Manual of the Civil Veterinary Department, Central Provinces and Berar
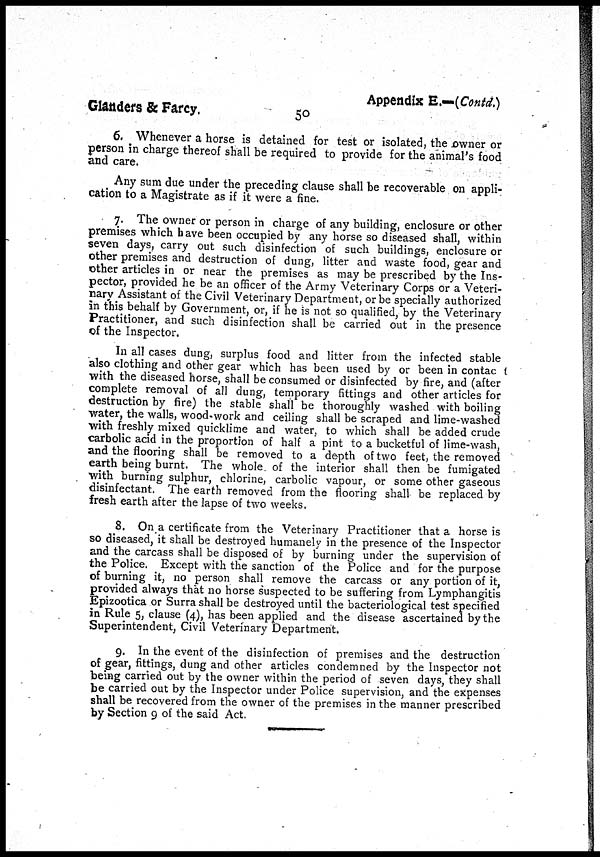
Glanders & Farcy. 50 Appendix E.—(Contd.)
6. Whenever a horse is detained for test or isolated, the owner or
person in charge thereof shall be required to provide for the animal's food
and care.
Any sum due under the preceding clause shall be recoverable on appli-
cation to a Magistrate as if it were a fine.
7. The owner or person in charge of any building, enclosure or other
premises which have been occupied by any horse so diseased shall, within
seven days, carry out such disinfection of such buildings, enclosure or
other premises and destruction of dung, litter and waste food, gear and
other articles in or near the premises as may be prescribed by the Ins-
pector, provided he be an officer of the Army Veterinary Corps or a Veteri-
nary Assistant of the Civil Veterinary Department, or be specially authorized
in this behalf by Government, or, if he is not so qualified, by the Veterinary
Practitioner, and such disinfection shall be carried out in the presence
of the Inspector.
In all cases dung, surplus food and litter from the infected stable
also clothing and other gear which has been used by or been in contac
with the diseased horse, shall be consumed or disinfected by fire, and (after
complete removal of all dung, temporary fittings and other articles for
destruction by fire) the stable shall be thoroughly washed with boiling
water, the walls, wood-work and ceiling shall be scraped and lime-washed
with freshly mixed quicklime and water, to which shall be added crude
carbolic acid in the proportion of half a pint to a bucketful of lime-wash,
and the flooring shall be removed to a depth of two feet, the removed
earth being burnt. The whole of the interior shall then be fumigated
with burning sulphur, chlorine, carbolic vapour, or some other gaseous
disinfectant. The earth removed from the flooring shall be replaced by
fresh earth after the lapse of two weeks.
8. On a certificate from the Veterinary Practitioner that a horse is
so diseased, it shall be destroyed humanely in the presence of the Inspector
and the carcass shall be disposed of by burning under the supervision of
the Police. Except with the sanction of the Police and for the purpose
of burning it, no person shall remove the carcass or any portion of it,
provided always that no horse suspected to be suffering from Lymphangitis
Epizootica or Surra shall be destroyed until the bacteriological test specified
in Rule 5, clause (4), has been applied and the disease ascertained by the
Superintendent, Civil Veterinary Department.
9. In the event of the disinfection of premises and the destruction
of gear, fittings, dung and other articles condemned by the Inspector not
being carried out by the owner within the period of seven days, they shall
be carried out by the Inspector under Police supervision, and the expenses
shall be recovered from the owner of the premises in the manner prescribed
by Section 9 of the said Act.